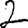
Digit: 2